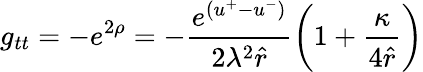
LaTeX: g_{tt}=-e^{2\rho}=-\frac{e^{(u^{+}-u^{-})}}{2\lambda^{2}\hat{r}}\left(1+\frac{\kappa}{4\hat{r}}\right)